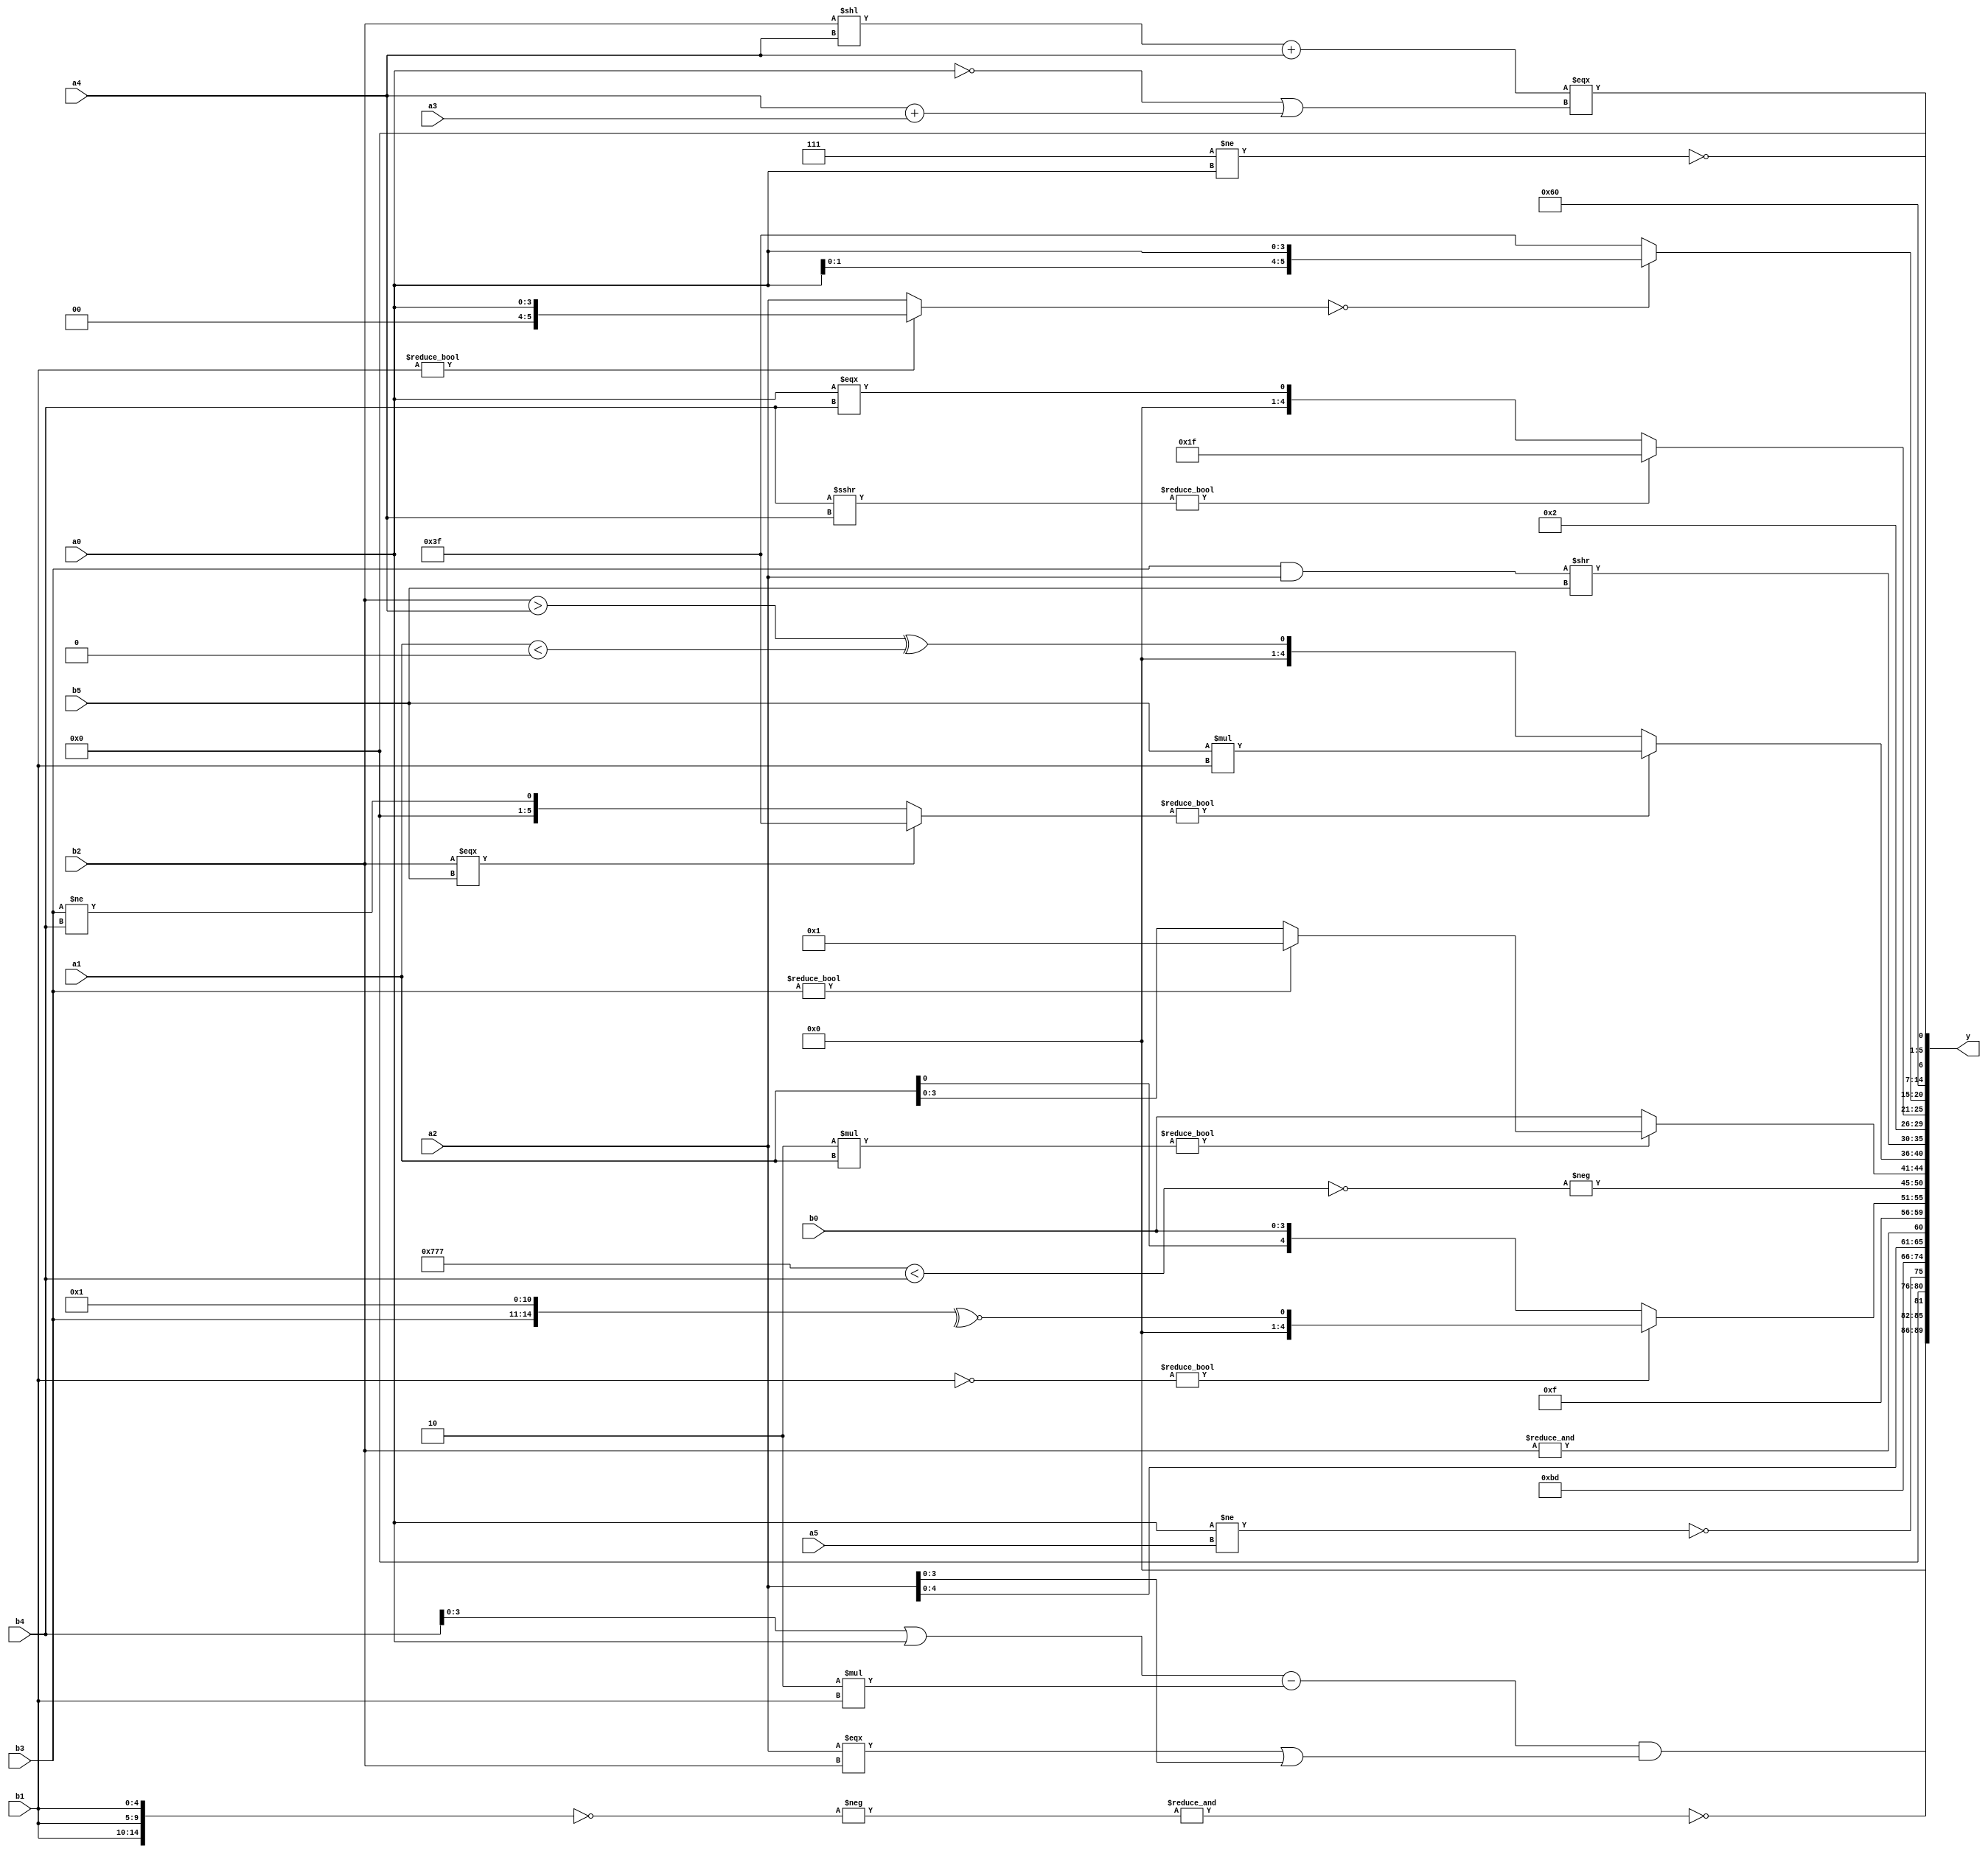
module expression_00057(a0, a1, a2, a3, a4, a5, b0, b1, b2, b3, b4, b5, y);
  input [3:0] a0;
  input [4:0] a1;
  input [5:0] a2;
  input signed [3:0] a3;
  input signed [4:0] a4;
  input signed [5:0] a5;

  input [3:0] b0;
  input [4:0] b1;
  input [5:0] b2;
  input signed [3:0] b3;
  input signed [4:0] b4;
  input signed [5:0] b5;

  wire [3:0] y0;
  wire [4:0] y1;
  wire [5:0] y2;
  wire signed [3:0] y3;
  wire signed [4:0] y4;
  wire signed [5:0] y5;
  wire [3:0] y6;
  wire [4:0] y7;
  wire [5:0] y8;
  wire signed [3:0] y9;
  wire signed [4:0] y10;
  wire signed [5:0] y11;
  wire [3:0] y12;
  wire [4:0] y13;
  wire [5:0] y14;
  wire signed [3:0] y15;
  wire signed [4:0] y16;
  wire signed [5:0] y17;

  output [89:0] y;
  assign y = {y0,y1,y2,y3,y4,y5,y6,y7,y8,y9,y10,y11,y12,y13,y14,y15,y16,y17};

  localparam [3:0] p0 = ((3'sd2)?(3'sd2):(4'd12));
  localparam [4:0] p1 = (5'd2 * ((5'd25)<<(3'd5)));
  localparam [5:0] p2 = ({3{(2'sd0)}}<<((3'd7)>(3'd6)));
  localparam signed [3:0] p3 = {{3{(5'd16)}},{((-5'sd15)?(4'sd0):(2'd0))},((2'sd0)!=(5'd4))};
  localparam signed [4:0] p4 = ((2'd3)||(-4'sd1));
  localparam signed [5:0] p5 = (5'sd3);
  localparam [3:0] p6 = {4{(-2'sd1)}};
  localparam [4:0] p7 = ((((2'd0)?(4'sd2):(4'sd1))==(5'sd5))===(4'sd6));
  localparam [5:0] p8 = (!(!{2{((4'd0)?(5'd0):(3'sd0))}}));
  localparam signed [3:0] p9 = {3{(((2'sd0)^~(5'd20))>((-3'sd0)>>(4'sd2)))}};
  localparam signed [4:0] p10 = (-(+{3{(~&(~&(5'sd5)))}}));
  localparam signed [5:0] p11 = {3{(((-5'sd14)&(3'd2))?((2'd2)>(-5'sd2)):((2'd3)!==(4'sd3)))}};
  localparam [3:0] p12 = (5'sd1);
  localparam [4:0] p13 = ({(5'd26),(-4'sd3),(2'sd0)}&&((4'sd5)==(2'sd0)));
  localparam [5:0] p14 = ({((-3'sd2)!==(-3'sd2)),{4{(3'd7)}},{(4'd13)}}?({3{(2'd1)}}?((2'd3)>(3'd5)):((3'd5)!=(-3'sd2))):((5'd6)>=(!(4'd10))));
  localparam signed [3:0] p15 = ((-2'sd0)|(2'sd1));
  localparam signed [4:0] p16 = (~^(~(~^(3'd6))));
  localparam signed [5:0] p17 = (((~|(-3'sd3))&((4'd1)?(5'd11):(5'd18)))?((4'sd2)?(3'd4):(4'sd0)):(((-3'sd1)&&(4'd11))<<{1{(2'd0)}}));

  assign y0 = (((b4|a0)-(6'd2 * b1))&((a2===b2)|(a2>>>p10)));
  assign y1 = ((~&$unsigned($unsigned($signed((-((~{1{$signed($unsigned({3{$signed(b1)}}))}}))))))));
  assign y2 = (!(a0!=a5));
  assign y3 = {1{{3{(2'd1)}}}};
  assign y4 = ((-3'sd3)-(2'd0));
  assign y5 = ({$signed(a2),(&b2)});
  assign y6 = (-2'sd1);
  assign y7 = ($unsigned(((~b1)))?(~^$signed({b3,p10,p17})):{p0,a1,b0});
  assign y8 = (-(!($signed({3{p9}})<(p4?b4:b5))));
  assign y9 = ((6'd2 * a1)?(b3?p15:a1):(p10?p2:b0));
  assign y10 = (((b2===b5)?(p8^~p2):(b3!=b4))?((p1?p13:p15)?(b5*b1):(b4!=b5)):((b2>a4)^(a1<p14)));
  assign y11 = ((((b3&&a2)>>(b5))));
  assign y12 = {(-2'sd0),(3'sd2)};
  assign y13 = ({(b4>>>a4)}?(+(-2'sd1)):(^(a0===b4)));
  assign y14 = $unsigned(((!(b1?a0:a2))?{2{(a0)}}:(-3'sd1)));
  assign y15 = (4'd6);
  assign y16 = $unsigned((~|{3{($unsigned(p9)!=$signed(a0))}}));
  assign y17 = (((b2<<a4)+{a4})===((!a0)||(a4+a3)));
endmodule